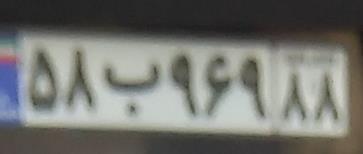
۵۸ب۹۶۹۸۸